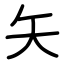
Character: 矢